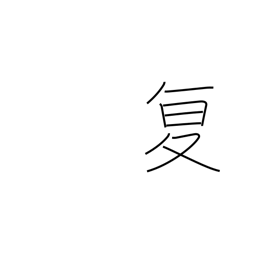
Meaning: repeat